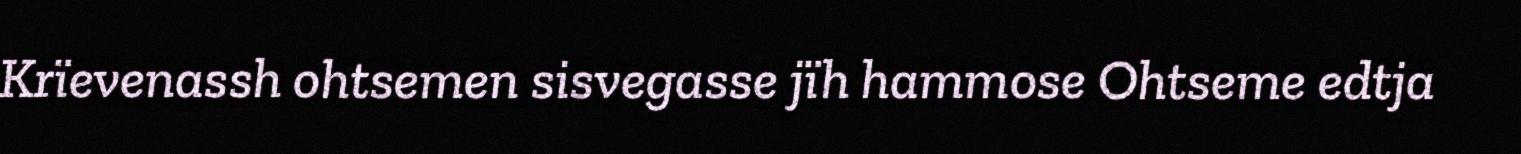
Krïevenassh ohtsemen sisvegasse jïh hammose Ohtseme edtja